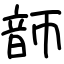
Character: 韴